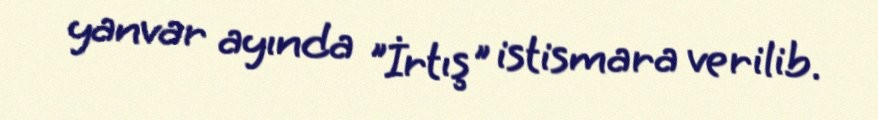
yanvar ayında "İrtış" istismara verilib.